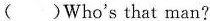
( )Who's that man?